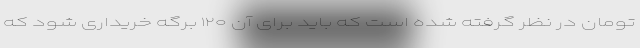
تومان در نظر گرفته شده است که باید برای آن ۱۲۰ برگه خریداری شود که